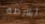
أشرطة